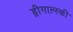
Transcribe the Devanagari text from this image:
ड्रीगाल्स्की